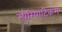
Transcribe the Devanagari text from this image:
म्युरियाटिकम